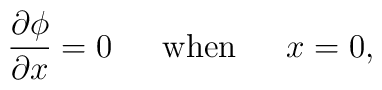
\frac{\partial\phi}{\partial x}=0 \hspace{.25in}\hbox{when}\hspace{.25in}x=0,